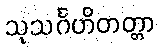
သုသင်္ဂဟိတတ္တာ